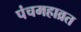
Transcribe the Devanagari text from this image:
पंचमहाव्रत